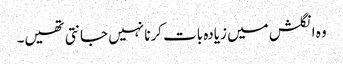
وہ انگلش میں زیادہ بات کرنا نہیں جانتی تھیں۔